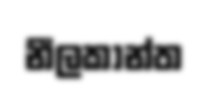
නීලකාන්ත